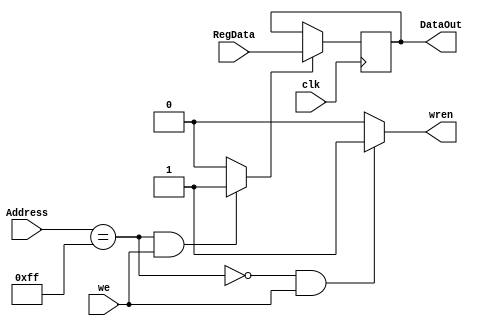
module ParallelOUT(input [7:0] Address, RegData, 
						 input we, clk,
						 output reg wren, 
						 output reg[7:0] DataOut);
                    
    reg fioB;
	 
	 always @ (*) begin
			if(~(Address == 8'hFF) & we)
            wren = 1;
         else
            wren = 0;
		end
    
    always @(posedge clk) begin        
        if(Address == 8'hFF & we)
            fioB = 1;
        else
            fioB = 0;
        
        if(fioB)
            DataOut = RegData;
    end
endmodule